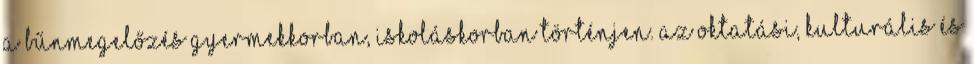
a bűnmegelőzés gyermekkorban, iskoláskorban történjen. Az Oktatási, Kulturális és